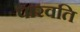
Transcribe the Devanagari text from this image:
पारवति